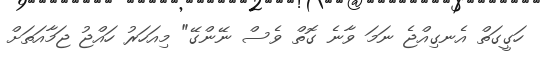
ހަގީގަތް އެނގިއްޖެ ނަމަ ވާނެ ގޮތް ވެސް ނޭންގޭ" މިއަހަރު ހައްޖު ޖަމާއަތަށް